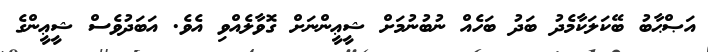
އަޞްޙާބު ބޭކަލަކާމެދު ބަދު ބަހެއް ނުބުނުމަށް ޝީޢީންނަށް ގޮވާލެއްވި އެވެ. އަބަދުވެސް ޝީޢީންގެ